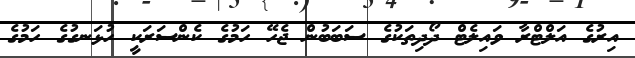
އިރުގެ އަލްޓްރާ ވައިލެޓް ދޯދިތަކުގެ ސަބަބުން ޖެހޭ ހަމުގެ ކެންސަރަކީ ހުޅަނގުގެ ހަމުގެ